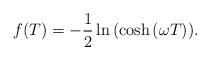
LaTeX: \begin{align*} f(T)= -\frac{1}{2}\ln{ (\cosh{{(\omega T))}}}. \end{align*}